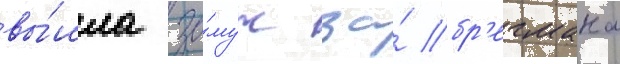
вы́шла за́муж за́ бр'егмана